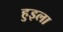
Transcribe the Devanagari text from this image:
हुइला